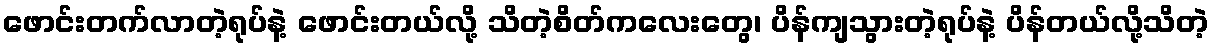
ဖောင်းတက်လာတဲ့ရုပ်နဲ့ ဖောင်းတယ်လို့ သိတဲ့စိတ်ကလေးတွေ၊ ပိန်ကျသွားတဲ့ရုပ်နဲ့ ပိန်တယ်လို့သိတဲ့